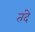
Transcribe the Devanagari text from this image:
तंदे